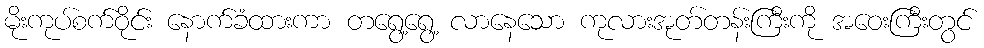
မိုးကုပ်စက်ဝိုင်း နောက်ခံထားကာ တရွေ့ရွေ့ လာနေသော ကုလားအုတ်တန်းကြီးကို အဝေးကြီးတွင်